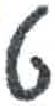
אות: ט